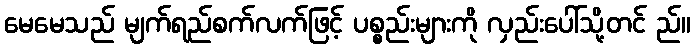
မေမေသည် မျက်ရည်စက်လက်ဖြင့် ပစ္စည်းများကို လှည်းပေါ်သို့တင် ည်။